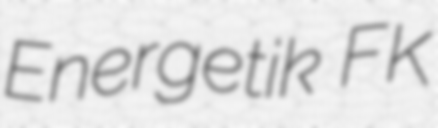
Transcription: Energetik FK